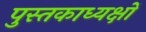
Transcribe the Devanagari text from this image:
पुस्तकाध्यक्षों